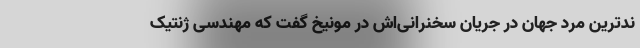
ندترین مرد جهان در جریان سخنرانی‌اش در مونیخ گفت که مهندسی ژنتیک